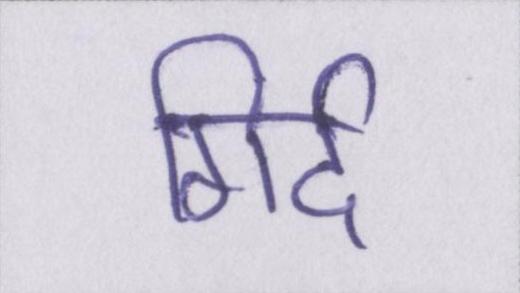
गिर्द